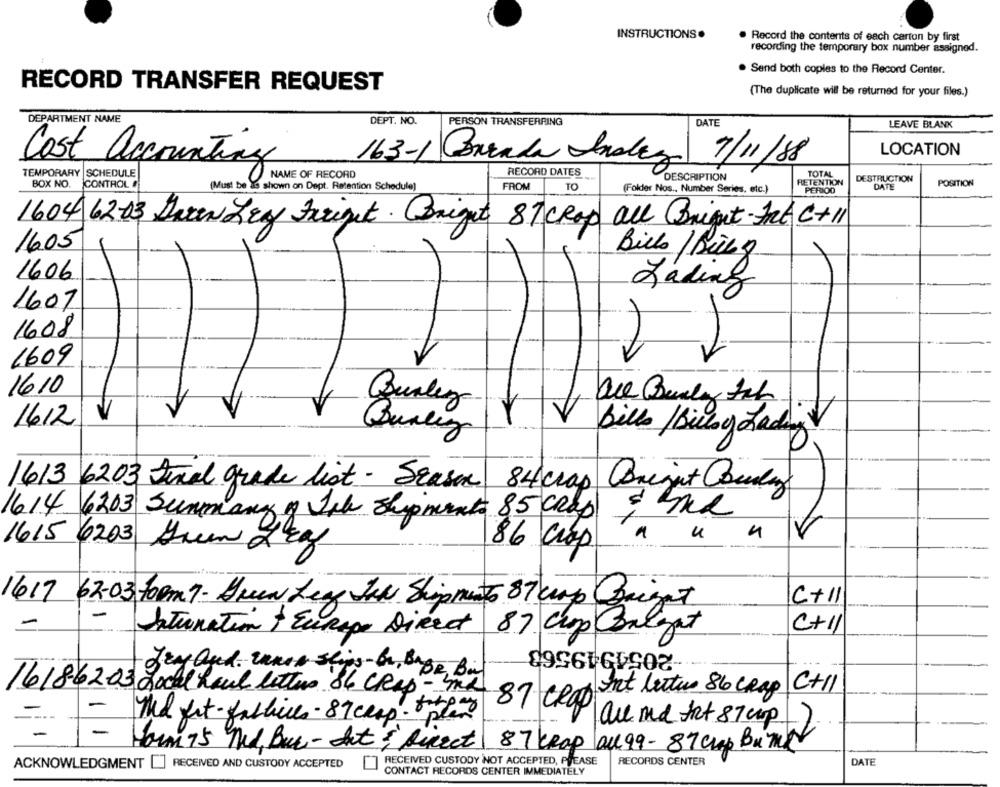
INSTRUCTIONS.
Record the contents of each carton by first
recording the temporary box number assigned.
. Send both copies to the Record Center.
RECORD TRANSFER REQUEST
(The duplicate will be returned for your files.)
DEPARTMENT NAME
DEPT. NO.
PERSON TRANSFERRING
DATE
LEAVE BLANK
LOCATION
Cost accounting
7/11/88
TEMPORARY SCHEDULE
163-1 Conrada Inalega
RECORD DATES
TOTAL
NAME OF RECORD
DESCRIPTION
HETENTION
DESTRUCTION
POSITION
BOX NO.
CONTROL
(Must be Is shown on Dept. Retention Schedule]
FROM
TO
(Folder Nos ., Number Series, etc.)
PERIOD
DATE
1604 62-03 Daren Ley Freight . Bright 87 CRop all Bright-Int C+11
1605
Bills / Being
1606
Lading
1607
1608
1609
1610
Burleza
V
1612
Bills /Billy Lading V
Qualey
1613 6203 Final grade list - Season 84 crap
Conist County
1614 6203 Summary of Isk Shipments 85 Crop
u
4
1615 6203 Green Leaf
86 crop
C+11
1617 62-03 form 7- Gren Ley JAN Shipments 87 up Bright
87 Crop Cargat
C+11
Internation + Europe Direct
-2054949563
gry aged. nunca slips - br, Bage, Bin
16186203 chockl haul letters 84 CRap - mx
Int letus 86 crap
C+ 11
87 CROP
The get - fashices - 87 crap. plan
are und fat 87 cip
-
Horn 75 mld, Bur- Sat & Direct
87 krop all 99- 87 crop Bank
ACKNOWLEDGMENT []
RECEIVED AND CUSTODY ACCEPTED
RECEIVED CUSTODY NOT ACCEPTED, PVEASE
RECORDS CENTER
DATE
CONTACT RECORDS CENTER IMMEDIATELY